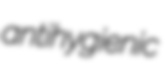
antihygienic